Document type: Sale
Year: 1235
Scribe: Pere de Bages
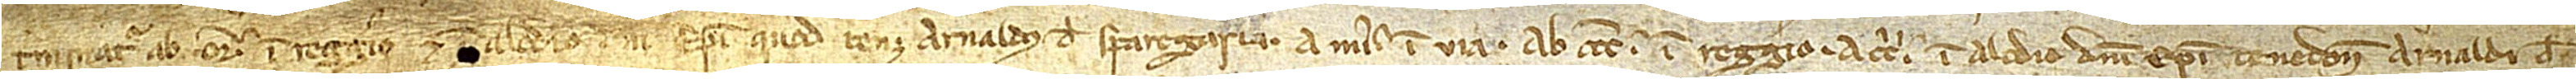
terminatur ab oriente in regario et in alodio domini episcopi quod tenet Arnaldus de Sparegaria; a meridie in via; ab occiduo in reggerio; a circio in alodio domini episcopi, tenedone Arnaldi de